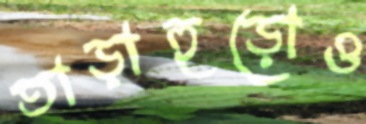
তাড়াহুড়োও